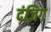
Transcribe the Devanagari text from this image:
दंज़िग